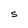
Character: S